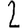
Digit: 2